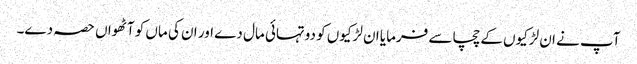
آپ نے ان لڑکیوں کے چچا سے فرمایا ان لڑکیوں کو دوتہائی مال دے اور ان کی ماں کو آٹھواں حصہ دے۔